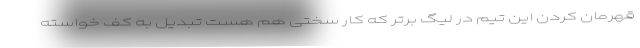
قهرمان کردن این تیم در لیگ برتر که کار سختی هم هست تبدیل به کف خواسته